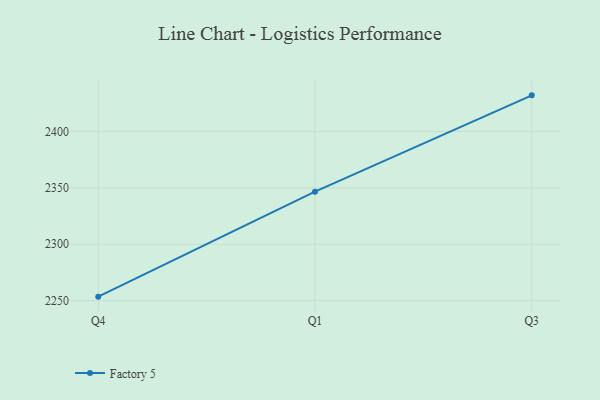
{"axis": {"x": "Quarter", "y": "Shipments"}, "legend": ["Factory 5"], "data": [{"x": "Q4", "y": 2253.5, "type": "Factory 5"}, {"x": "Q1", "y": 2346.6, "type": "Factory 5"}, {"x": "Q3", "y": 2432.0, "type": "Factory 5"}]}